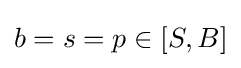
b=s=p\in [S,B]